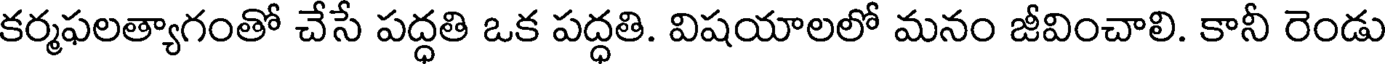
కర్మఫలత్యాగంతో చేసే పద్ధతి ఒక పద్ధతి. విషయాలలో మనం జీవించాలి. కానీ రెండు